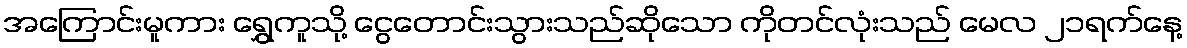
အကြောင်းမူကား ရွှေကူသို့ ငွေတောင်းသွားသည်ဆိုသော ကိုတင်လုံးသည် မေလ ၂၁ရက်နေ့